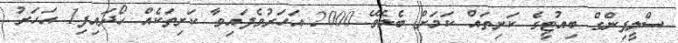
ސްލީޕިންގް ބިއުޓީގެ ކަށިތައް ކަމަށް ބެލެވޭ 2000 އަހަރުވެފައިވާ ކަށިތަކެއް ހޯދައިފި1 އަހަރު